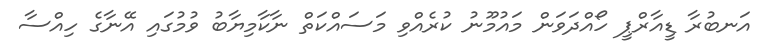
އަނބުރާ ޑީއާރްޕީ ހޯއްދަވަން މައުމޫނު ކުރެއްވި މަސައްކަތް ނާކާމިޔާބު ވުމުގައި އޭނާގެ ހިއްސާ